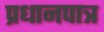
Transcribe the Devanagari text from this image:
प्रधानपात्र